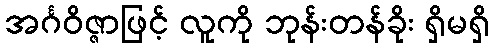
အင်္ဂဝိဇ္ဇာဖြင့် လူကို ဘုန်းတန်ခိုး ရှိမရှိ